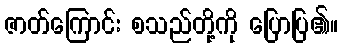
ဇာတ်ကြောင်း စသည်တို့ကို ပြောပြ၏။